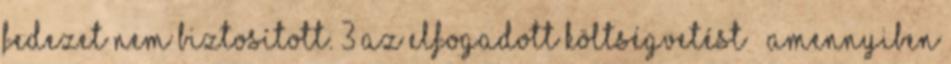
fedezet nem biztosított. 3 Az elfogadott költségvetést – amennyiben